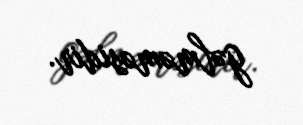
gəlməməsidir.